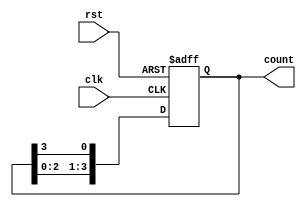
module ring_counter #(
    parameter N = 4  // Number of bits in the ring counter
)(
    input wire clk,   // Clock signal
    input wire rst,   // Reset signal
    output reg [N-1:0] count // Output state of the ring counter
);

// Initial state
initial begin
    count = 1'b1; // Start with the first flip-flop set to '1'
end

// Sequential logic for the ring counter
always @(posedge clk or posedge rst) begin
    if (rst) begin
        count <= 1'b1; // Reset to initial state
    end else begin
        count <= {count[N-2:0], count[N-1]}; // Rotate the '1' through the flip-flops
    end
end

endmodule